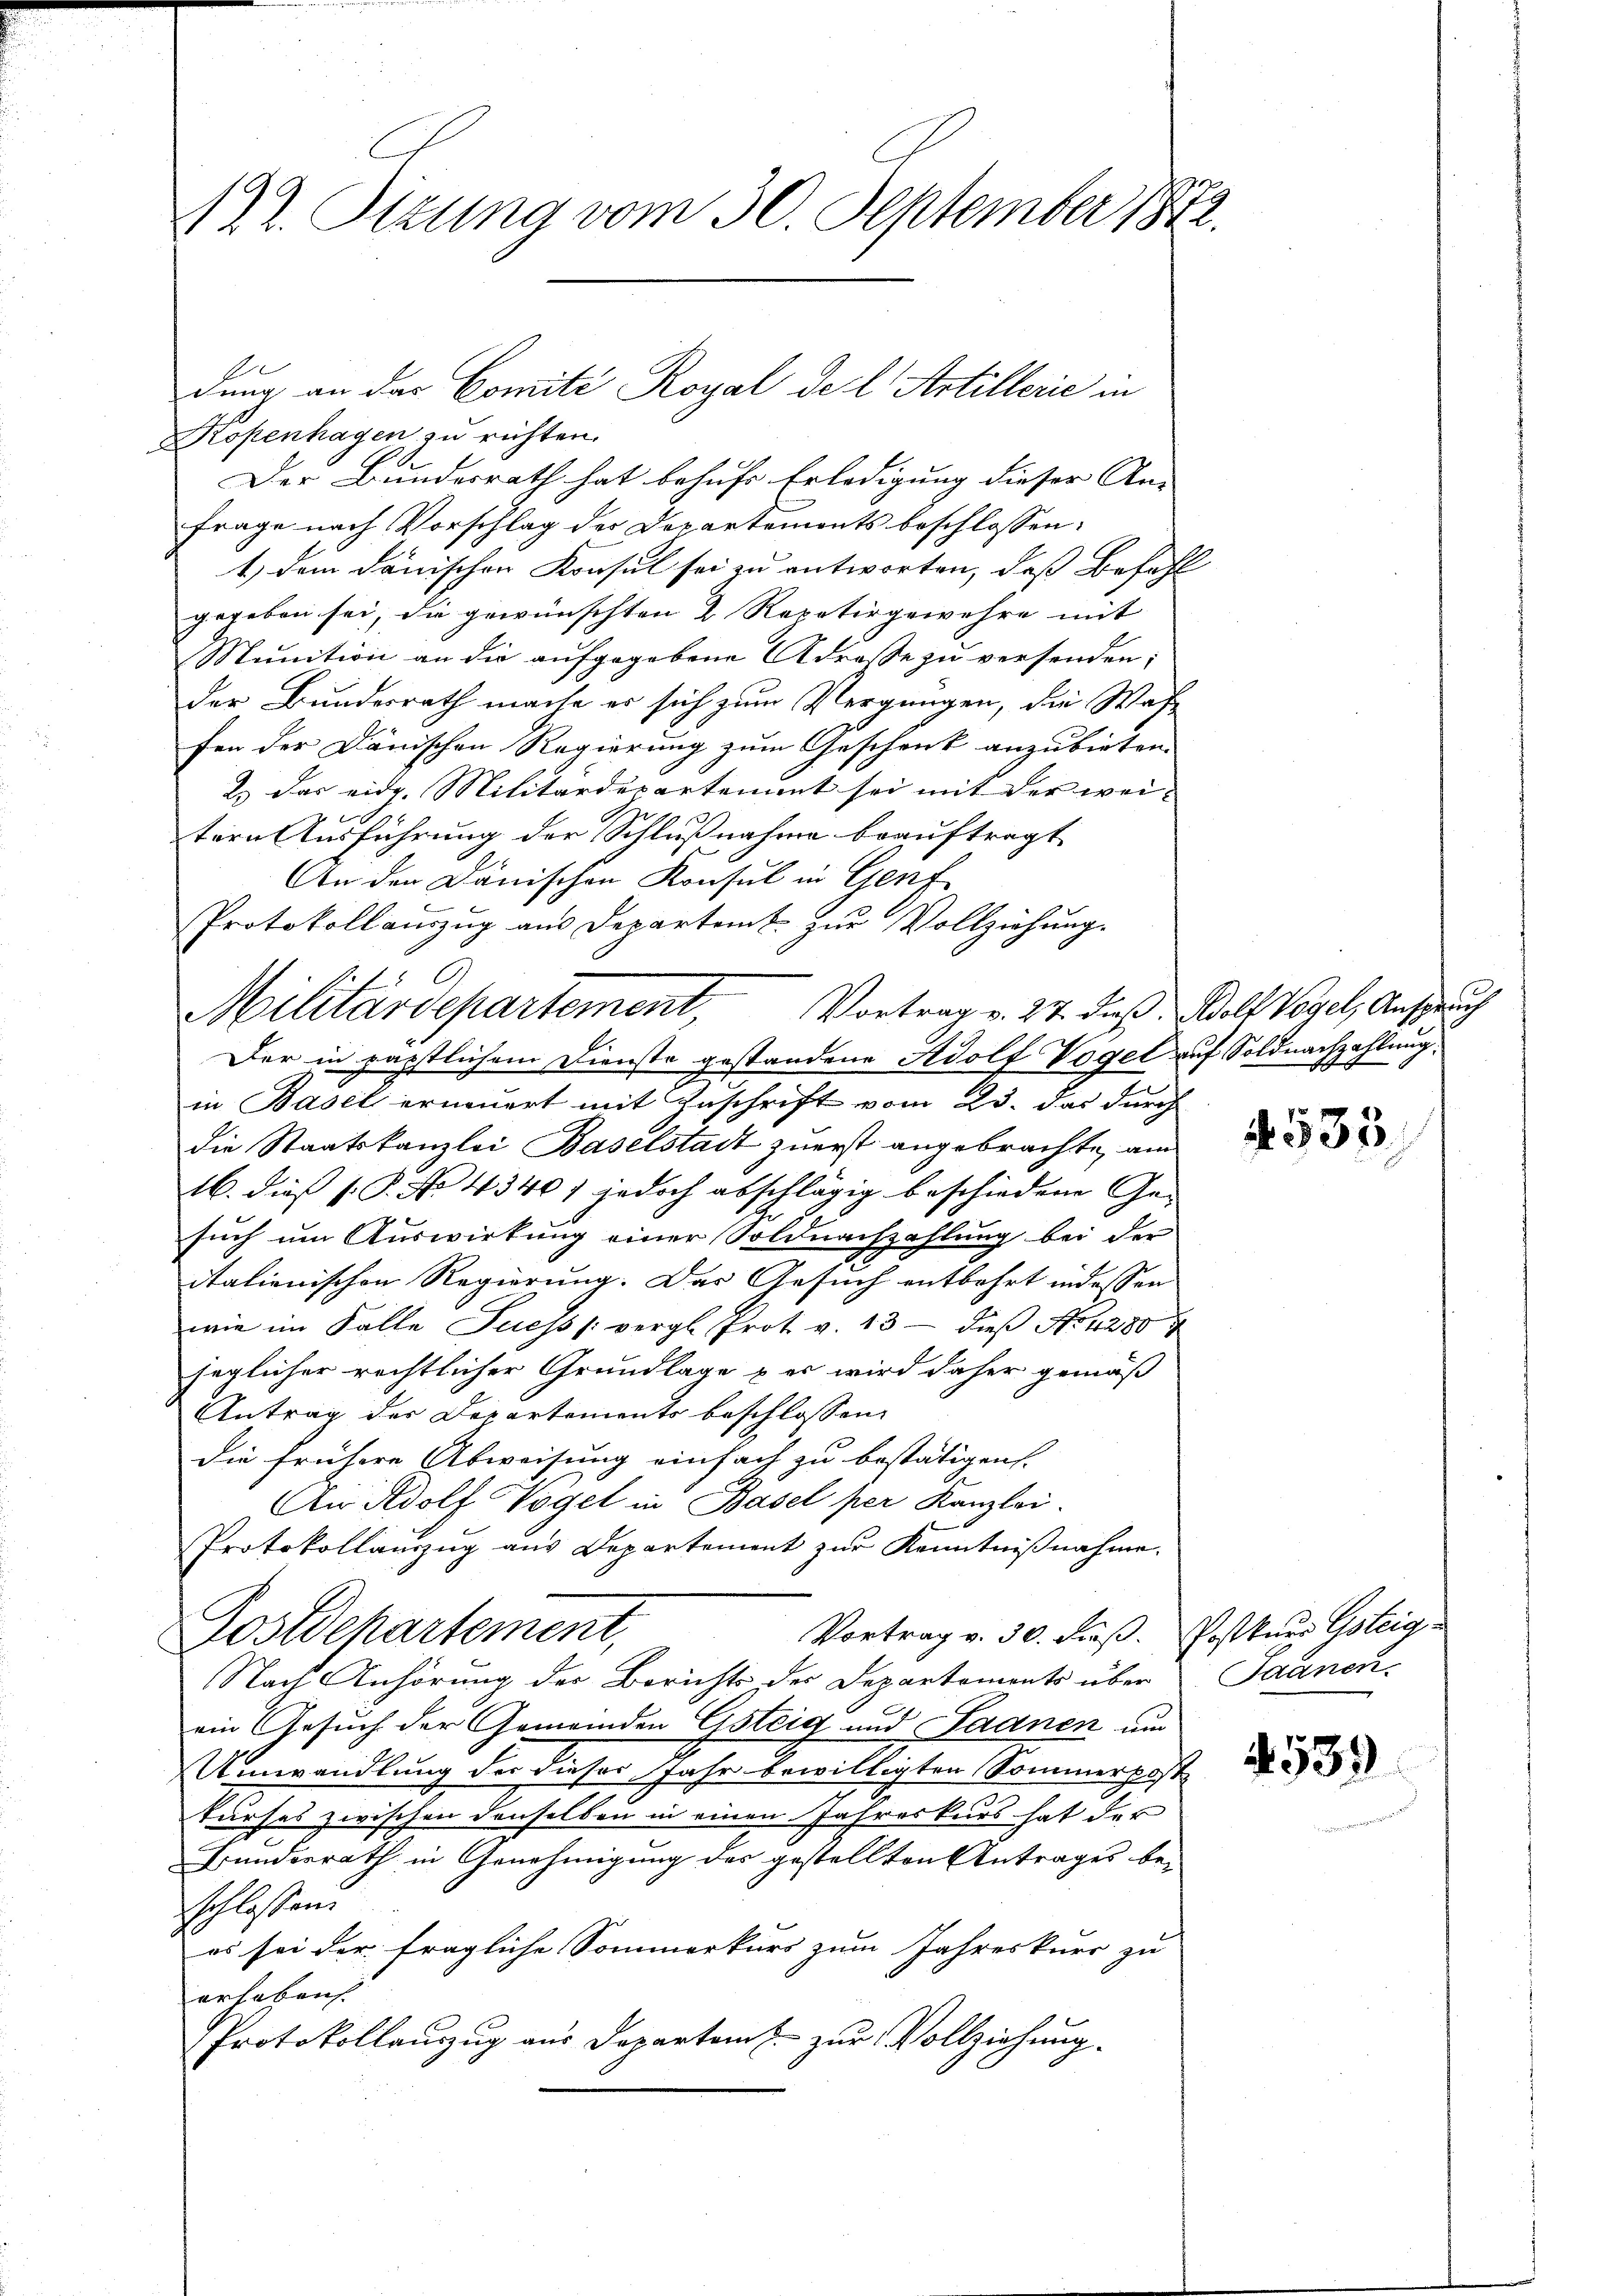
122. Sitzung vom 30. September 1872.

A

Kopenhagen zu richten.
Der Bundesrath hat behufs Erledigung dieser An-
Frage nach Vorschlag der Departemonts beschlossen:
1.) dem dänischen Konsul sei zu entworten, daß Bezahl
gegeben sei, die gewünschten 2 Repetirgewehre mit
Munition an die aufgegebene Adresse zu versenden;
der Bundesrath mache er sich zum Vergnügen, die Wasfen der Dänischen Regierung zum Geschenk anzubieten.
2.) Das eidg. Militärdepartement sei mit der wei-
tern Ausführung der Schlußnahme beauftragt,
An den Dänischen Konsul in Genf
Protokollauszug aus Departemt. Zŭr Vollziehung.
Militärdepartement, Vortrag v. 27. dieß. Welt Vogel, Anspruch
Der in päpstlichem Dienste gestandene Adolf Vogel auf Soldnachzahlung:
in Basel erneuert mit Zuschrift vom 23. das durch
die Staatskanzlei Baselstadt zuerst angebrachte, am
16. dieß (: P. No 4340) jedoch abschlägig beschiedene Ge-
such um Auswirkung einer Soldnachzahlung bei der
italienischen Regierung. Das Gesuch entbehrt indessen
wie im Falle Fuess vergl. Prot. v. 13 die No. 4280 u
jeglicher rechtlicher Grundlage & er wird daher gemäß
Antrag der Departements beschlossen:
die frühere Abweisung einfach zu bestätigen.
An Rdolf Vögel in Basel per Kanzlei.
Protokollauszug aus Departement zŭr Kenntniβnahme.
Vortrag v. 30. dieß. Postkurs Gsteig
Postdchartement,
Nach Anhörung der Berichts der Departements über Saanen-
ein Gesuch der Gemeinden Ersteig und Saanen um
Umwandlung der dieser Jahr bewilligten Sommerpost
kurses zwischen denselben in einen Jahreskurs hat der
Grundesrath in Genehmigung des gestellten Antrages beschlossen.
es sei der fragliche Sommerkurs zum Jahreskurs zu
erhoben
Protokollauszug aus Departamt zur Vollziehung.

dung an das Comité Royal de l. Artillerie in

4. 535

539)